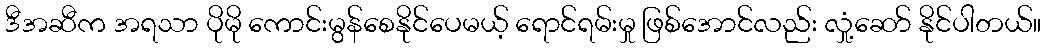
ဒီအဆီက အရသာ ပိုမို ကောင်းမွန်စေနိုင်ပေမယ့် ရောင်ရမ်းမှု ဖြစ်အောင်လည်း လှုံ့ဆော် နိုင်ပါတယ်။